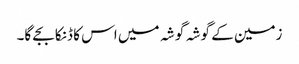
زمین کے گوشہ گوشہ میں اس کا ڈنکا بجے گا۔